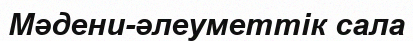
Мәдени-әлеуметтік сала